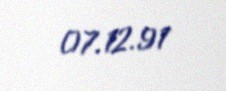
07.12.91